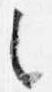
之